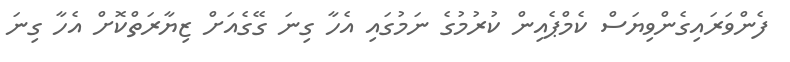
ފެންވަރައިގެންވިޔަސް ކެމްޕެއިން ކުރުމުގެ ނަމުގައި އެހާ ގިނަ ގޭގެއަށް ޒިޔާރަތްކޮށް އެހާ ގިނަ